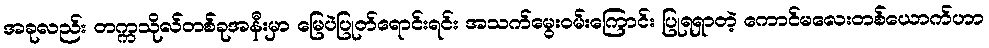
အခုလည်း တက္ကသိုလ်တစ်ခုအနီးမှာ မြေပဲပြုတ်ရောင်းရင်း အသက်မွေးဝမ်းကြောင်း ပြုရရှာတဲ့ ကောင်မလေးတစ်ယောက်ဟာ